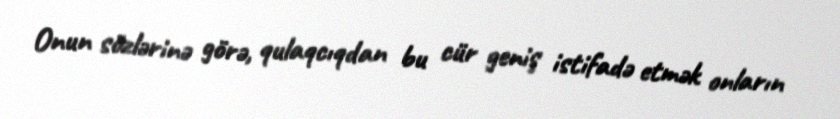
Onun sözlərinə görə, qulaqcıqdan bu cür geniş istifadə etmək onların